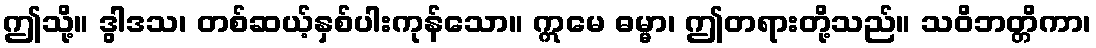
ဤသို့။ ဒွါဒသ၊ တစ်ဆယ့်နှစ်ပါးကုန်သော။ ဣမေ ဓမ္မာ၊ ဤတရားတို့သည်။ သဝိဘတ္တိကာ၊